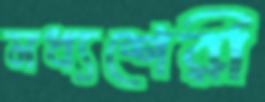
মধ্যশেরী